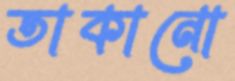
তাকানো